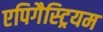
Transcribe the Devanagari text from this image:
एपिगैस्ट्रियम